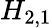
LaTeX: H_{2,1}